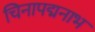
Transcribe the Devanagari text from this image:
चिनापद्मनाभ